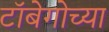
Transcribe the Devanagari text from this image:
टॉबेगोच्या